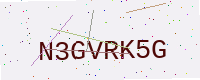
Text: N3GVRK5G